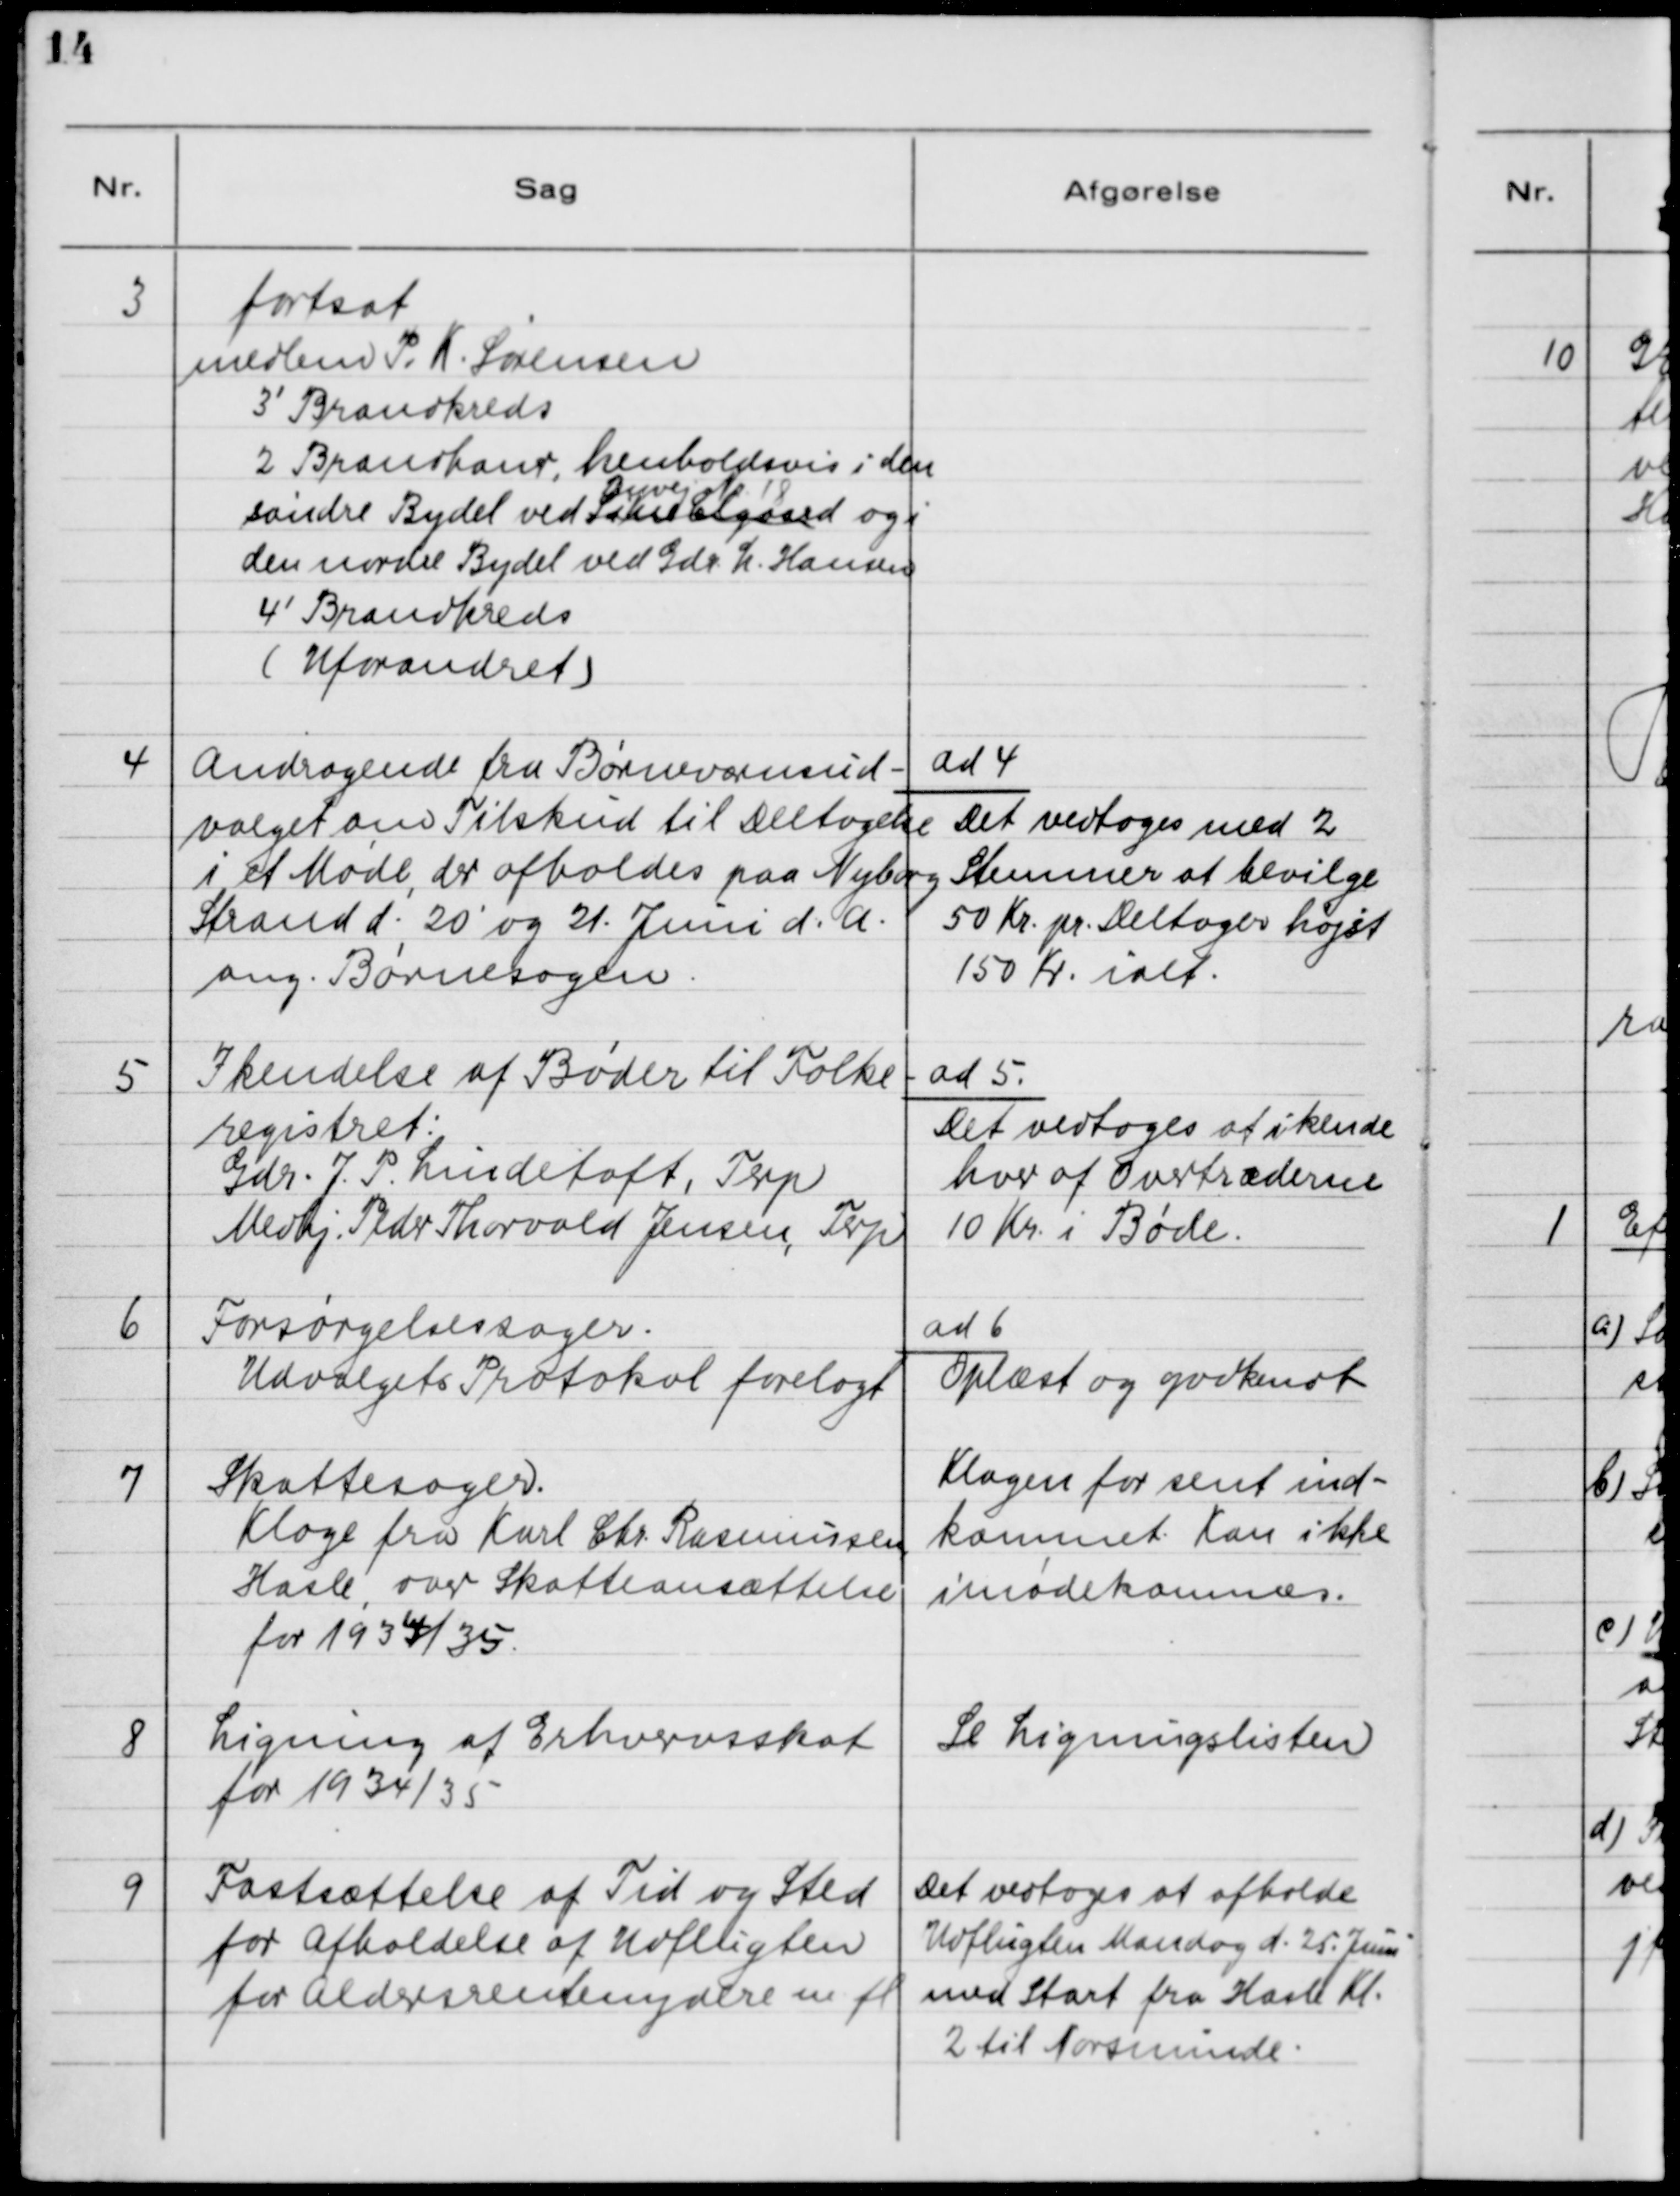
Transskription:
3

fortsat
medlem P. K. Sørensen
3' Brandkreds
2 Brandhaner, henholdsvis i den
Ryvej Nr. 18
søndre Bydel ved Sakse Elgaard og i
den nordre Bydel ved Gdr. L. Hansen
4' Brandkreds
(Uforandret)

4

Andragende fra Børneværnsud-
valget om Tilskud til Deltagelse
i et Møde, der afholdes paa Nyborg
Strand d. 20. og 21. Juni d.A.
ang. Børnesagen.

ad 4.
Det vedtoges med 2
Stemmer at bevilge
50 Kr. pr. Deltager højst
150 Kr. ialt.

5

Ikendelse af Bøder til Folke-
registret:
Gdr. J. P. Lindetoft, Terp
Medhj. Peder Thorvald Jensen, Terp

ad 5.
Det vedtoges at ikende
hver af Overtræderne
10 Kr. i Bøde.

6

Forsørgelsessager.
Udvalgets Protokol forelagt

ad 6.
Oplæst og godkendt

7

Skattesager.
Klage fra Karl Chr. Rasmussen,
Hasle, over Skatteansættelse
for 1934/35

Klagen for sent ind-
kommet. Kan ikke
imødekommes.

8

Ligning af Erhvervsskat
for 1934/35

Se Ligningslisten

9

Fastsættelse af Tid og Sted
for Afholdelse af Udflugten
for Aldersrentenydere m.fl.

Det vedtoges at afholde
Udflugten Mandag d. 25. Juni
med Start fra Hasle Kl.
2 til Norsminde